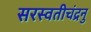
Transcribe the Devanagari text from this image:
सरस्वतीचंद्रनु